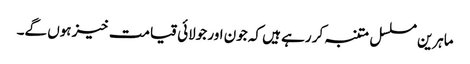
ماہرین مسلسل متنبہ کر رہے ہیں کہ جون اور جولائی قیامت خیز ہوں گے۔